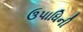
ઉપાધિની